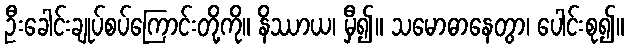
ဦးခေါင်းချုပ်စပ်ကြောင်းတို့ကို။ နိဿာယ၊ မှီ၍။ သမောဓာနေတွာ၊ ပေါင်းစု၍။